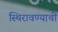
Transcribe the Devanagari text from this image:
स्थिरावण्याची